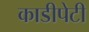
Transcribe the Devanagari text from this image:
काडीपेटी